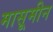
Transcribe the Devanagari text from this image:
मासूमीन